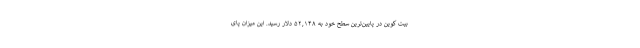
بیت کوین در پایین‌ترین سطح خود به ۵۲,۱۴۸ دلار رسید. این میزان پای